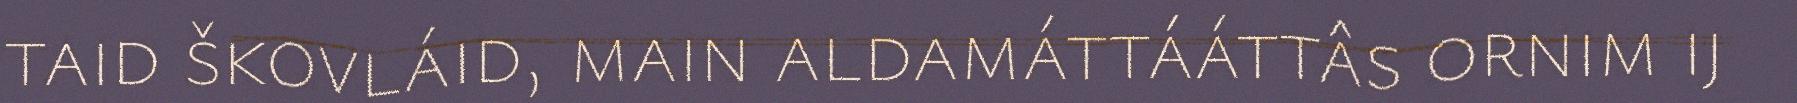
taid škovláid, main aldamáttááttâs ornim ij